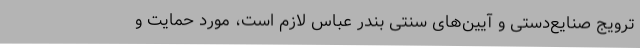
ترویج صنایع‌دستی و آیین‌های سنتی بندر عباس لازم است، مورد حمایت و